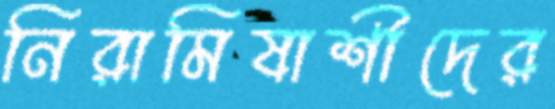
নিরামিষাশীদের